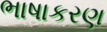
ભાષાકરણ